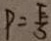
P = \frac { F } { S }